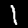
Label: 1